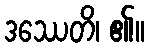
ဒဿေတိ၊ ၏။